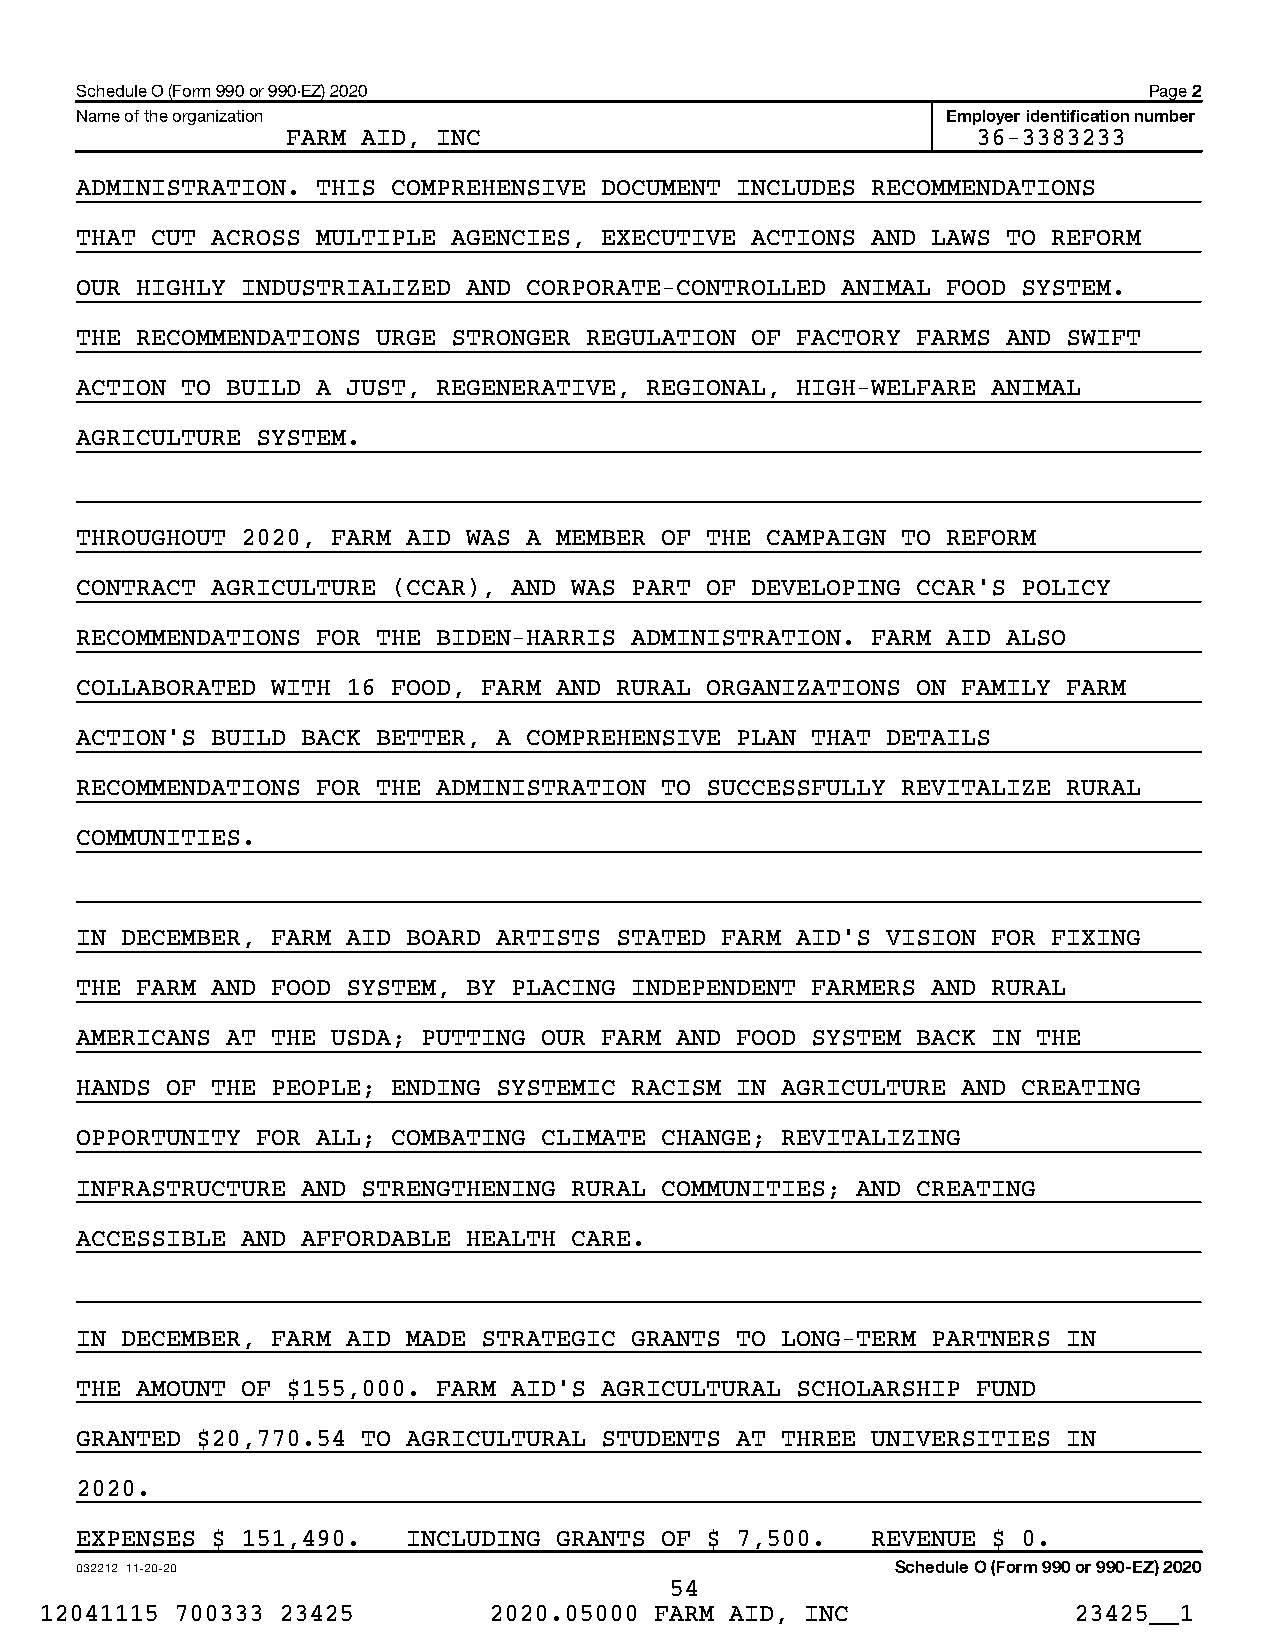
Schedule O (Form 990 or 990-EZ) 2020                                   Page 2
 Name of the organization                                  Employer identification number
 FARM AID, INC                                 36-3383233
 ADMINISTRATION. THIS COMPREHENSIVE DOCUMENT INCLUDES RECOMMENDATIONS
 THAT CUT ACROSS MULTIPLE AGENCIES, EXECUTIVE ACTIONS AND LAWS TO REFORM
 OUR HIGHLY INDUSTRIALIZED AND CORPORATE-CONTROLLED ANIMAL FOOD SYSTEM.
 THE RECOMMENDATIONS URGE STRONGER REGULATION OF FACTORY FARMS AND SWIFT
 ACTION TO BUILD A JUST, REGENERATIVE, REGIONAL, HIGH-WELFARE ANIMAL
 AGRICULTURE SYSTEM.
 THROUGHOUT 2020, FARM AID WAS A MEMBER OF THE CAMPAIGN TO REFORM
 CONTRACT AGRICULTURE (CCAR), AND WAS PART OF DEVELOPING CCAR’S POLICY
 RECOMMENDATIONS FOR THE BIDEN-HARRIS ADMINISTRATION. FARM AID ALSO
 COLLABORATED WITH 16 FOOD, FARM AND RURAL ORGANIZATIONS ON FAMILY FARM
 ACTION’S BUILD BACK BETTER, A COMPREHENSIVE PLAN THAT DETAILS
 RECOMMENDATIONS FOR THE ADMINISTRATION TO SUCCESSFULLY REVITALIZE RURAL
 COMMUNITIES.
 IN DECEMBER, FARM AID BOARD ARTISTS STATED FARM AID’S VISION FOR FIXING
 THE FARM AND FOOD SYSTEM, BY PLACING INDEPENDENT FARMERS AND RURAL
 AMERICANS AT THE USDA; PUTTING OUR FARM AND FOOD SYSTEM BACK IN THE
 HANDS OF THE PEOPLE; ENDING SYSTEMIC RACISM IN AGRICULTURE AND CREATING
 OPPORTUNITY FOR ALL; COMBATING CLIMATE CHANGE; REVITALIZING
 INFRASTRUCTURE AND STRENGTHENING RURAL COMMUNITIES; AND CREATING
 ACCESSIBLE AND AFFORDABLE HEALTH CARE.
 IN DECEMBER, FARM AID MADE STRATEGIC GRANTS TO LONG-TERM PARTNERS IN
 THE AMOUNT OF $155,000. FARM AID’S AGRICULTURAL SCHOLARSHIP FUND
 GRANTED $20,770.54 TO AGRICULTURAL STUDENTS AT THREE UNIVERSITIES IN
 2020.
 EXPENSES $ 151,490.   INCLUDING GRANTS OF $ 7,500.   REVENUE $ 0.
 032212 11-20-20                                       Schedule O (Form 990 or 990-EZ) 2020
 54
 12041115 700333 23425        2020.05000 FARM AID, INC               23425__1